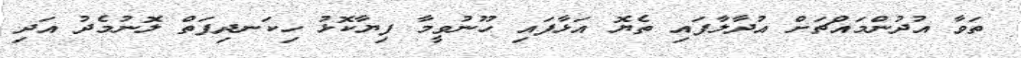
ތަވާ އުދުންމައްޗަށް އުދާލާފައި ތެޔޮ އަޅާފައި ހޫނުވީމާ ފިޔާކޮޅު ހިކަނދިފަތް ލޮނުމެދު އަދި